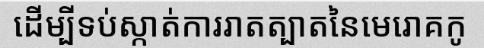
ដើម្បីទប់ស្កាត់ការរាតត្បាតនៃមេរោគកូ